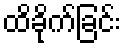
ထိခိုက်ခြင်း